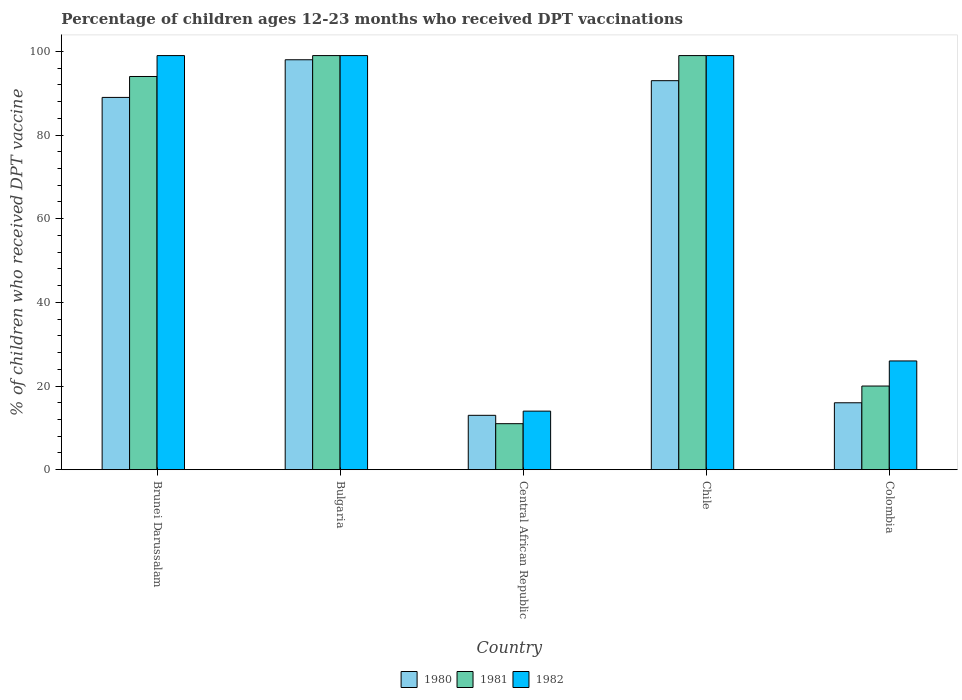
| Country | 1980 | 1981 | 1982 |
 | --- | --- | --- | --- |
 | Brunei Darussalam | 89 | 94 | 99 |
 | Bulgaria | 98 | 99 | 99 |
 | Central African Republic | 13 | 11 | 14 |
 | Chile | 93 | 99 | 99 |
 | Colombia | 16 | 20 | 26 |